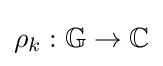
\rho _{k}:\mathbb {G} \to \mathbb {C}